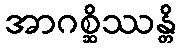
အာဂစ္ဆိဿန္တိ